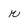
Character: r